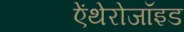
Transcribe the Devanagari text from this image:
ऐंथेरोजॉइड